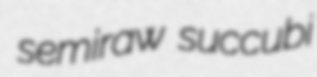
semiraw succubi